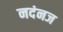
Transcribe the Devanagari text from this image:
नदंनज